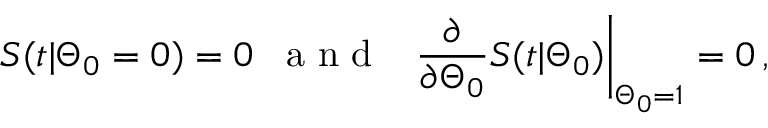
S ( t | \Theta _ { 0 } = 0 ) = 0 \, \, \, \mathrm { ~ a ~ n ~ d ~ } \, \, \, \left. \frac { \partial } { \partial \Theta _ { 0 } } S ( t | \Theta _ { 0 } ) \right| _ { \Theta _ { 0 } = 1 } = 0 \, ,